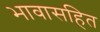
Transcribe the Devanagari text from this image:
भावासहित